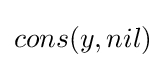
cons(y,nil)